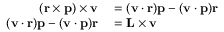
\begin{array} { r l } { ( \mathbf { r } \times \mathbf { p } ) \times \mathbf { v } } & { { } = ( \mathbf { v } \cdot \mathbf { r } ) \mathbf { p } - ( \mathbf { v } \cdot \mathbf { p } ) \mathbf { r } } \\ { ( \mathbf { v } \cdot \mathbf { r } ) \mathbf { p } - ( \mathbf { v } \cdot \mathbf { p } ) \mathbf { r } } & { { } = \mathbf { L } \times \mathbf { v } } \end{array}